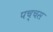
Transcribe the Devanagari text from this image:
पच्चस